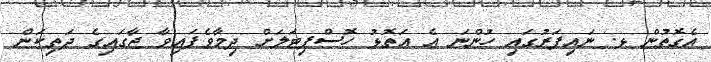
އެގޮތުން ޅ. ނައިފަރުގައި ހުންނަ އެ އަތޮޅު ހޮސްޕިޓަލަށް ދިމާވެފައިވާ ޖާގައިގެ ދަތިކަން